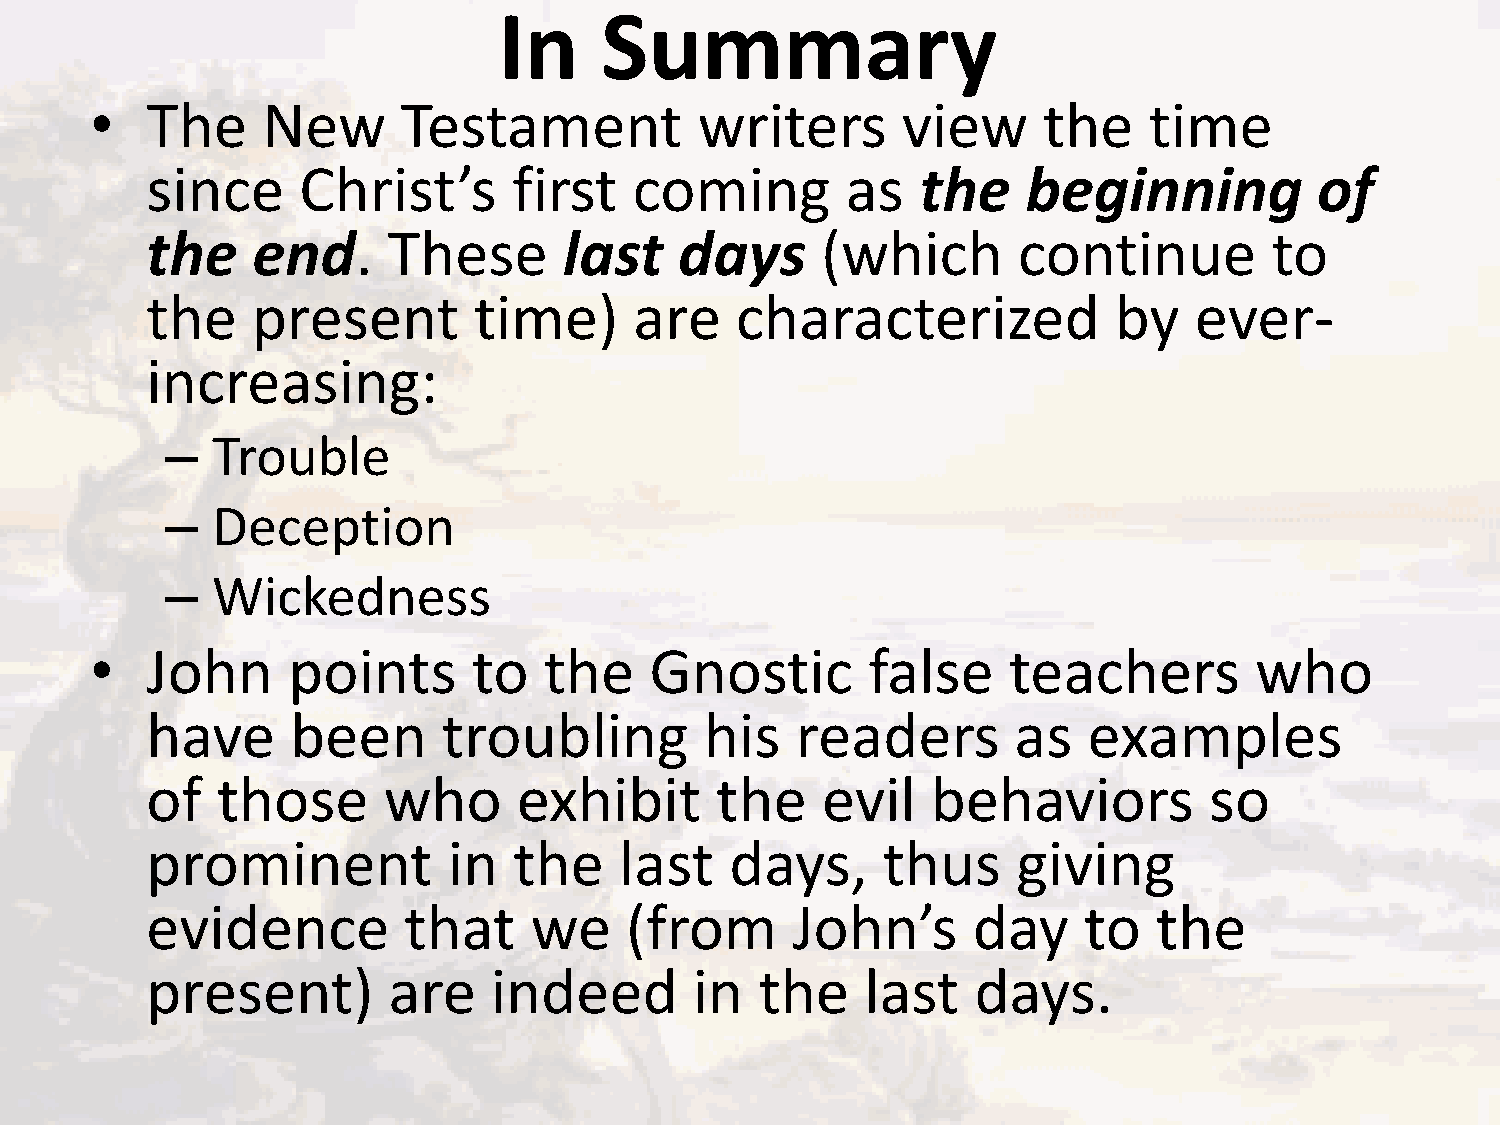
In     Summary
 •   The    New       Testament          writers       view     the    time
 since     Christ’s      first   coming        as   the    beginning          of
 the    end.     These      last    days     (which       continue         to
 the    present       time)      are    characterized            by   ever-
 increasing:
 –  Trouble
 –  Deception
 –  Wickedness
 •   John     points      to   the    Gnostic       false     teachers        who
 have     been      troubling         his   readers       as   examples
 of  those      who      exhibit      the    evil    behaviors         so
 prominent           in  the    last   days,     thus     giving
 evidence         that    we    (from      John’s      day     to   the
 present)        are   indeed        in  the    last    days.